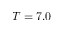
T = 7 . 0